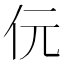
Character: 㐾